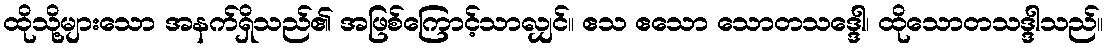
ထိုသို့များသော အနက်ရှိသည်၏ အဖြစ်ကြောင့်သာလျှင်။ ဧသ ဧသော သောတသဒ္ဒေါ၊ ထိုသောတသဒ္ဒါသည်။